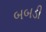
બબડી